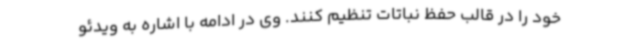
خود را در قالب حفظ نباتات تنظیم کنند. وی در ادامه با اشاره به ویدئو